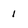
Character: 1